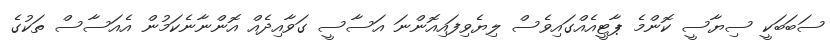
ސަބަބަކީ ސިޔާސީ ކޮންމެ ޕާޓީއެއްގައިވެސް ލިޔެވިފައިއޮންނަ އަސާސީ ގަވާއިދެއް އޮންނާނެކަމުން އެއަސާސް ތަކުގެ